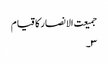
جمیعت الانصار کا قیام
۳۔